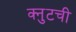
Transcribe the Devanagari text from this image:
क्नुटची